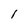
Character: 1